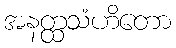
အနတ္ထသံဟိတော